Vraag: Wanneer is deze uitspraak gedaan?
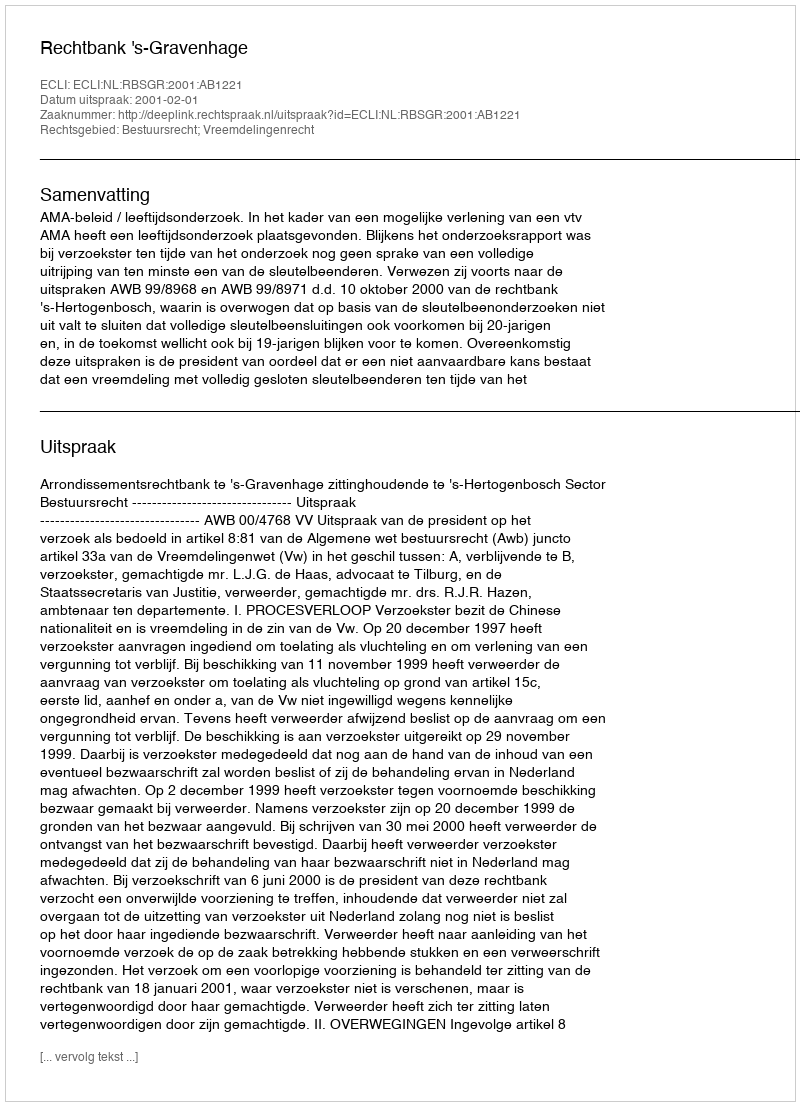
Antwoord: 2001-02-01